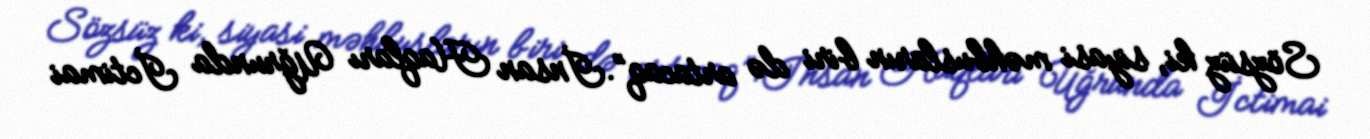
Sözsüz ki, siyasi məhbusların biri də artacaq”.İnsan Haqları Uğrunda İctimai